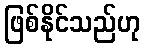
ဖြစ်နိုင်သည်ဟု